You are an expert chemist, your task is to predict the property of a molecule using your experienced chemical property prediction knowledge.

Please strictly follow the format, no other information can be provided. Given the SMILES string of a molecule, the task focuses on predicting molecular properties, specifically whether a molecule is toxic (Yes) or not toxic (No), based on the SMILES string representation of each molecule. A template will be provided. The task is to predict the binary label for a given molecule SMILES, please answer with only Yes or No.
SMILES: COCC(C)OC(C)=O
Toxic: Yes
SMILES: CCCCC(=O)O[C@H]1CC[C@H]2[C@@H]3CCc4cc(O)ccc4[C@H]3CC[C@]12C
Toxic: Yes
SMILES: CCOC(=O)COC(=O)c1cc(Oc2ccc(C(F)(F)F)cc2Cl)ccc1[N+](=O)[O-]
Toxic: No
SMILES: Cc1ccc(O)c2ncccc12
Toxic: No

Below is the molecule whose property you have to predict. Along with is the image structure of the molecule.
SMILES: O=C(OC[C@H]1O[C@@H](OC(=O)c2cc(O)c(O)c(OC(=O)c3cc(O)c(O)c(O)c3)c2)[C@H](OC(=O)c2cc(O)c(O)c(OC(=O)c3cc(O)c(O)c(O)c3)c2)[C@@H](OC(=O)c2cc(O)c(O)c(OC(=O)c3cc(O)c(O)c(O)c3)c2)[C@@H]1OC(=O)c1cc(O)c(O)c(OC(=O)c2cc(O)c(O)c(O)c2)c1)c1cc(O)c(O)c(OC(=O)c2cc(O)c(O)c(O)c2)c1
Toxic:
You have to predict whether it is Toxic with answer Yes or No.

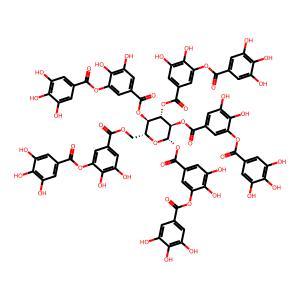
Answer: Yes